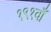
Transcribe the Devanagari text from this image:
१९१वाँ